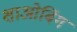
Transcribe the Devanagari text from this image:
शाओबिंग